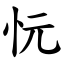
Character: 忨